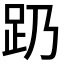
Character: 𬦠